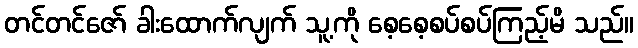
တင်တင်ဇော် ခါးထောက်လျက် သူ့ကို စေ့စေ့စပ်စပ်ကြည့်မိ သည်။